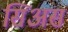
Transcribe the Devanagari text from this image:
सिअस